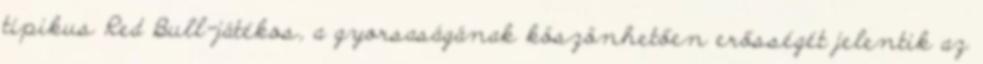
tipikus Red Bull-játékos, a gyorsaságának köszönhetően erősségét jelentik az